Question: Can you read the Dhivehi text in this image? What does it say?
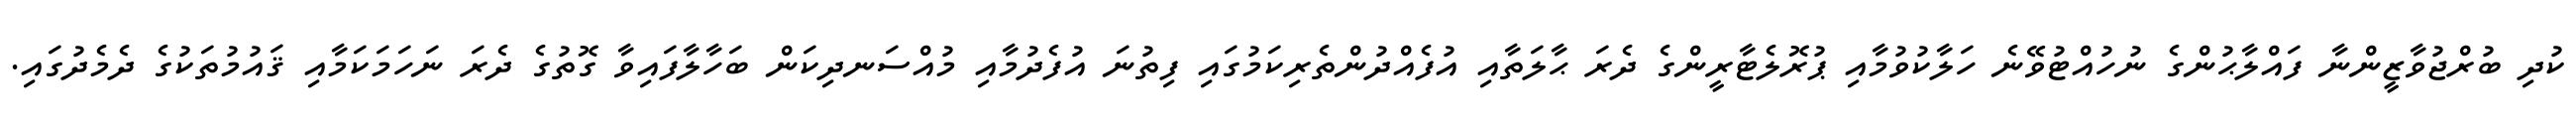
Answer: ކުދި ބުރްޖުވާޒީންނާ ފައްލާޙުންގެ ނުހުއްޓުވޭނެ ހަލާކުވުމާއި ޕުރޮލެޓާރީންގެ ދެރަ ޙާލަތާއި އުފެއްދުންތެރިކަމުގައި ފިތުނަ އުފެދުމާއި މުއްސަނދިކަން ބަހާލާފައިވާ ގޮތުގެ ދެރަ ނަހަމަކަމާއި ޤައުމުތަކުގެ ދެމެދުގައި.